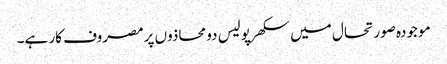
موجودہ صورتحال میں سکھرپولیس دو محاذوں پر مصروف کار ہے۔